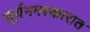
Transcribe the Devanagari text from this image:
सूर्यनमस्कारात